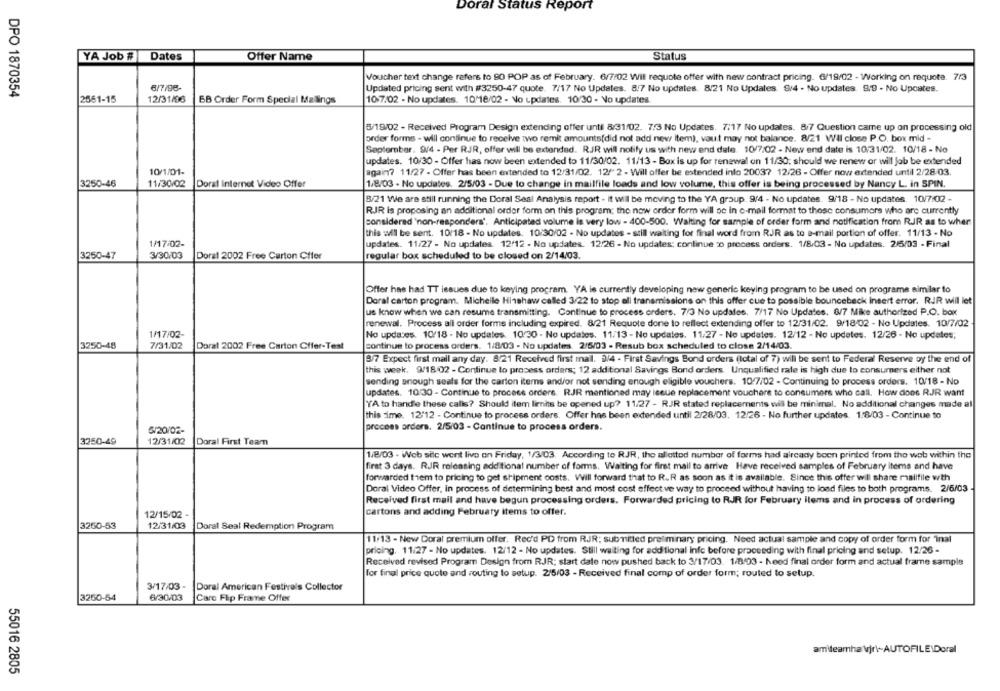
Doral Status Report
YA Job #
Dates
Offer Name
Status
Voucher text change refers to SO POP as of February. 6/7/02 Wil requote offer with new contract pricing. 6/19/02 - Working on requete. 7/3
6/7798-
Updated pricing sent with #3250-47 quote. 7/17 No Updates. 8/7 No updates. 8/21 No Updates. 9/4 . No updates. 9.9 - No Upcates.
DPO 1870354
2561-15
12/31/96
BB Order Form Special Mallings
10 7/02 - No updates. 10 16/02 - No updates. 10:30 - No updates
5/19/02 - Received Program Design extending offer unti 8/31/02. 7.3 No Updates. 7:17 No updates. 8/7 Question came up on processing old
order forms - will continue to receive two remit amounts(did not add new Item), vaut may not balance. 8/21 Wil close P.O. box mid -
September. 9/4 - Per RJR, offer will be extended. RJR will notify us with new end date. 10/7/02 - New end date is 10:31/02. 10/18 - No
updates. 10/30 - Offer has now been extended to 11/30/02. 11/13 - Box is up for renewal on 11/30; should we renew or will job be extended
10/1/01-
again? 11/27 - Offer has been extended to 12/31/02. 12/" 2 - Will offer be extended info 20037 12/26 - Offer now extended until 2/28-03.
3250-46
11/30/02
Doral internet Video Offer
1/8/03 - No updates. 2/5/03 - Due to change in mailfile loads and low volume, this offer is being processed by Nancy L. in SPIN.
8/21 We are still running the Doral Seal Analysis report . it will be moving to the YA group. 9/4 - No updates. 9/18 - No updates. 10/7/02 -
RJR is proposing an additional order form on this program; the new order form will oc in e-mail format to these consumers who are currently
considered 'non-responders'. Anticipated volume is very low - 400-500. Waiting for sample of order form and notification from RJR as to wher
this will be sent. 10/18 - No updates. 10/30/02 - No updates - still waiting for final word from RJR as to e-mail portion of offer. 11/13 - No
1/17:02-
updates. 11/27 - No updates 12/12 - No updates. 12/26 - No updates; continue 20 process orders. 1/8/03 - No updates. 2/5/03 - Final
3250-47
3/30/03
Doral 2002 Free Carton Cifer
regular box scheduled to be closed on 2/14/03.
Offer has had TT lesues due to keying program. YA is currently developing new generic keying program to be used on programe similar to
Doral carton program. Michelle Hinshaw called 3/22 to stop all transmissione on this offer cue to possible bounceback insert error. RJR will let
us know when we can resume transmitting. Continue to process orders. 7/3 No updates. 7/17 No Updates. 8/7 Mike authorized P.O. box
renewal. Process all order forms including expired. 8/21 Requote done to reflect extending offer to 12/31/02. 9/18/02 - No Updates. 10/7/02
1/17/02-
No updates. 10/18 - No updates. 10:30 - No updates. 11/13 - No updates. 11/27 - No updates. 12/12 - No updates. 12/26 - No updates;
3250-48
7/31/02
Doral 2002 Free Carton Cffer-Test
continue to process orders. 1/8/03 - No updates. 2/5/03 - Resub box scheduled to close 2/14/03.
8/7 Expect first mail any day. 8/21 Received first mail. 3/4 - First Savings Bond orders (total of 7) will be sent to Federal Reserve oy the end of
this week. 9/18/02 - Continue to process orders; 12 additional Savings Bond orders. Unqualified rate is high due to consumers either not
sending enough seals for the carton items and/or not sending enough eligible vouchers. 10-7/02 - Continuing to process orders. 10/18 - No
updates. 10:30 - Continue to process orders. RJR mentioned may iseue replacement vouchere to consumers who call. How does RJR want
'YA to handle these calis? Should item limits be opened up? 11/27 - RJR stated replacements will be minimal. No additional changes made al
this time. 12/12 - Continue to process orders. Offer has been extended until 2/28/03. 12/26 - No further updates. 1.8/03 - Continue to
5/20/02-
process orders. 2/5/03 - Continue to process orders.
3750-49
12/31/02
Doral First Team
1/8/03 - Web sile went live on Friday, 1/3/03. According to RJR, the allotted number of forms had aircady been printed from the web within the
firat 3 days. RJR releasing additional number of forms, Waiting for first mail to arrive Have received samples of February items and have
forwarded them to pricing to get shipment costs. Will forward that to R.R as soon as it is available. Since this offer will share mailfile wth
Doral Video Offer, in process of determining best and most cost effective way to proceed without having to load files to both programs. 2/5/03
Received first mail and have begun processing orders. Forwarded pricing to RJR for February items and in process of ordering
cartons and adding February Items to offer.
12/15/02 -
3250-53
12/31/03
Doral Seal Redemption Program
11/13 - New Doral premium offer. Rec'd PD from RJR: submitted preliminary pricing. Need actual sample and copy of order form for inal
pricing. 11:27 - No updates. 12/12 - No updates. Still waiting for additional info before proceeding with final pricing and setup. 12/26 -
Received revised Program Design from RJR; start date now pushed back to 3/17/03. 1/8/03 - Need final order form and actual frame sample
for final price quote and routing to setup. 2/5/03 - Received final comp of order form; routed to setup.
3/17/03 -
Doral American Festivals Collector
3250-54
6/30/03
Care Flip Frame Offer
amiteamha \jr\~AUTOFILE\Doral
55016 2805